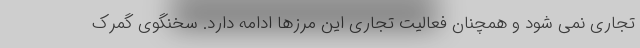
تجاری نمی شود و همچنان فعالیت تجاری این مرزها ادامه دارد. سخنگوی گمرک